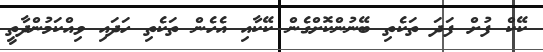
ކޭކް ފުށް ފަދަ ތަކެތި ބޭނުންކޮށްގެން ކޭކާއި އެހެން ތަކެތި ހަދައި ވިއްކަމުންދާތީ